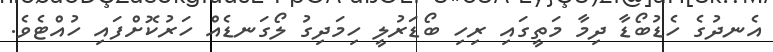
އެނދުގެ ހެޑުބޯޑާ ދިމާ މަތީގައި ރިހި ބޯޑަރުލީ ހިމަދިގު ލޯގަނޑެއް ހަރުކޮށްފައި ހުއްޓެވެ.